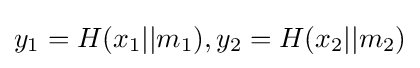
y_{1}=H(x_{1}||m_{1}),y_{2}=H(x_{2}||m_{2})